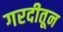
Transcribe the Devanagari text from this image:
गरदीतून